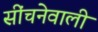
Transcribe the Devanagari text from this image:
सींचनेवाली